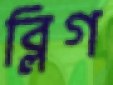
ব্লিগ